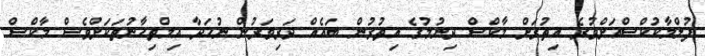
ފުލްމާކުކްސްއަށްވުރެ އިތުރަށް މާކްސް ދިނުމުގެ އިތުރުން ބައެއް ދަރިވަރުން ނުހަދާ އިމްތިޙާނުތަކަށްވެސް މާކްސް